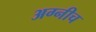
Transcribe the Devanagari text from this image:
अग्नीच